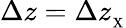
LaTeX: \Delta z=\Delta z_{_{\textrm{X}}}